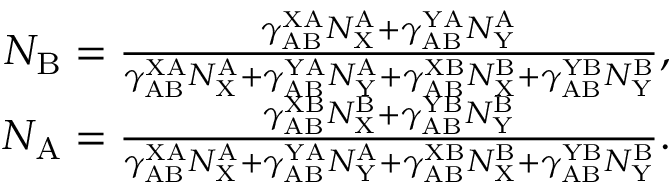
\begin{array} { r } { N _ { \mathrm { B } } = \frac { \gamma _ { \mathrm { A B } } ^ { \mathrm { X A } } N _ { \mathrm { X } } ^ { \mathrm { A } } + \gamma _ { \mathrm { A B } } ^ { \mathrm { Y A } } N _ { \mathrm { Y } } ^ { \mathrm { A } } } { \gamma _ { \mathrm { A B } } ^ { \mathrm { X A } } N _ { \mathrm { X } } ^ { \mathrm { A } } + \gamma _ { \mathrm { A B } } ^ { \mathrm { Y A } } N _ { \mathrm { Y } } ^ { \mathrm { A } } + \gamma _ { \mathrm { A B } } ^ { \mathrm { X B } } N _ { \mathrm { X } } ^ { \mathrm { B } } + \gamma _ { \mathrm { A B } } ^ { \mathrm { Y B } } N _ { \mathrm { Y } } ^ { \mathrm { B } } } , } \\ { N _ { \mathrm { A } } = \frac { \gamma _ { \mathrm { A B } } ^ { \mathrm { X B } } N _ { \mathrm { X } } ^ { \mathrm { B } } + \gamma _ { \mathrm { A B } } ^ { \mathrm { Y B } } N _ { \mathrm { Y } } ^ { \mathrm { B } } } { \gamma _ { \mathrm { A B } } ^ { \mathrm { X A } } N _ { \mathrm { X } } ^ { \mathrm { A } } + \gamma _ { \mathrm { A B } } ^ { \mathrm { Y A } } N _ { \mathrm { Y } } ^ { \mathrm { A } } + \gamma _ { \mathrm { A B } } ^ { \mathrm { X B } } N _ { \mathrm { X } } ^ { \mathrm { B } } + \gamma _ { \mathrm { A B } } ^ { \mathrm { Y B } } N _ { \mathrm { Y } } ^ { \mathrm { B } } } . } \end{array}